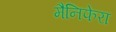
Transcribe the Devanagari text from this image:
मैनिफेरा